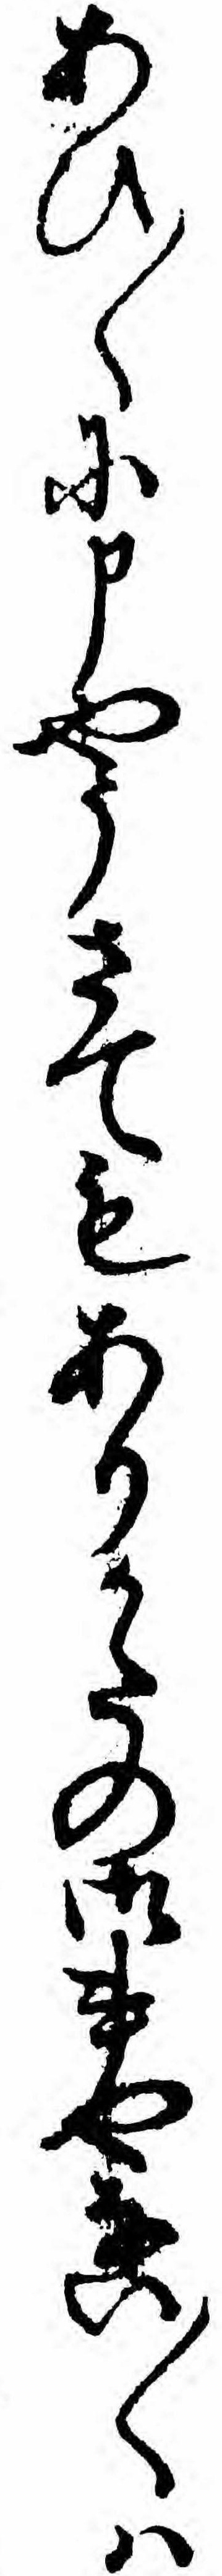
あひ〱に申やうさてもありかたの御事やない〱ハ